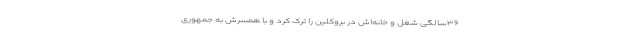
۳۶‌سالگی شغل و خانه‌اش در بروکلین را ترک کرد و با همسرش به جمهوری